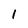
Character: 1